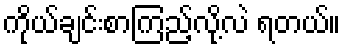
ကိုယ်ချင်းစာကြည့်လို့လဲ ရတယ်။